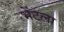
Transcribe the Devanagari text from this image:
भेंटला